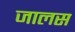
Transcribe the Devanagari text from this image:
जालस